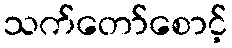
သက်တော်စောင့်